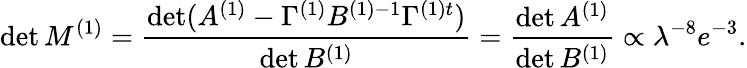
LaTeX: \operatorname*{det}M^{(1)}=\frac{\operatorname*{det}(A^{(1)}-\Gamma^{(1)}B^{(1)-1}\Gamma^{(1)t})}{\operatorname*{det}B^{(1)}}=\frac{\operatorname*{det}A^{(1)}}{\operatorname*{det}B^{(1)}}\propto\lambda^{-8}e^{-3}.